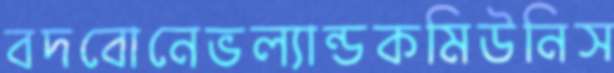
বদবোনেভল্যান্ডকমিউনিস